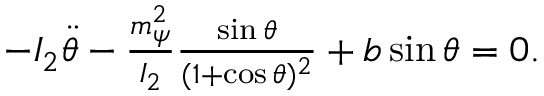
\begin{array} { r } { - I _ { 2 } \ddot { \theta } - \frac { m _ { \psi } ^ { 2 } } { I _ { 2 } } \frac { \sin \theta } { ( 1 + \cos \theta ) ^ { 2 } } + b \sin \theta = 0 . } \end{array}